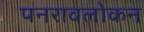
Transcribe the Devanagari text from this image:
पनरावलोकन